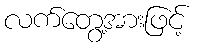
လက်တွေ့အားဖြင့်